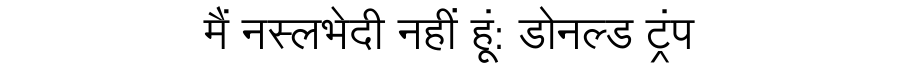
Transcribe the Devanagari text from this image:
मैं नस्लभेदी नहीं हूं: डोनल्ड ट्रंप